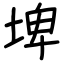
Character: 埤